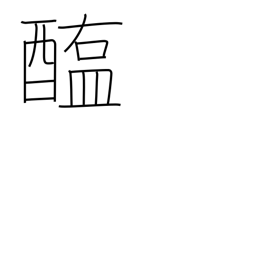
Meaning: salted meat